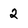
Character: 2